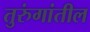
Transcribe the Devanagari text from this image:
तुरुंगांतील